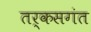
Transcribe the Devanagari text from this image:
तर्कसगंत